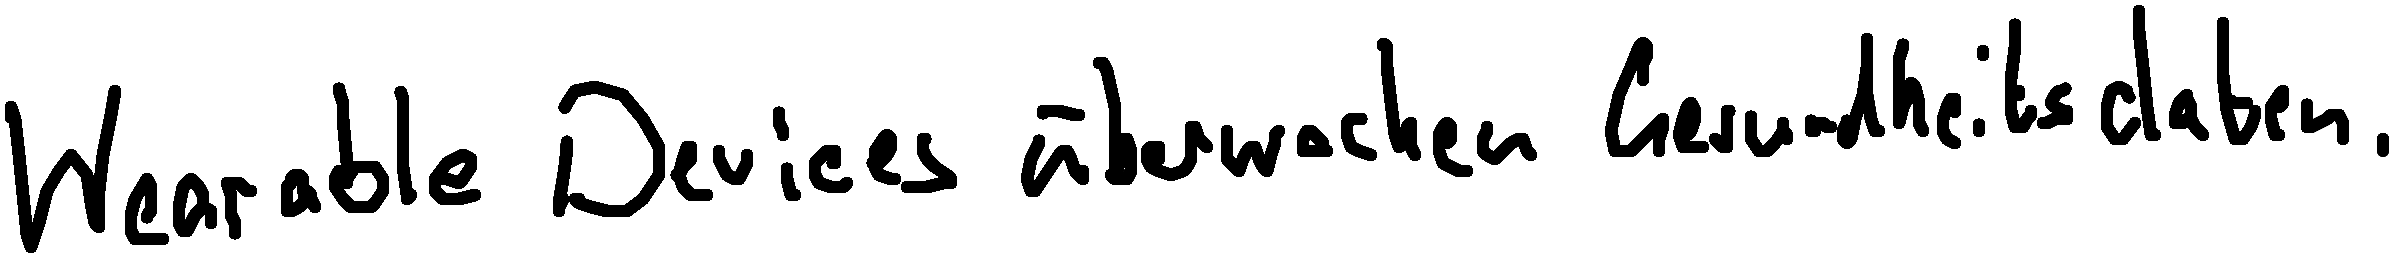
Wearable Devices überwachen Gesundheitsdaten.